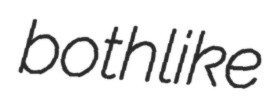
bothlike